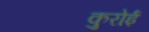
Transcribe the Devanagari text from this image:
कुरोई